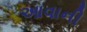
આવાની